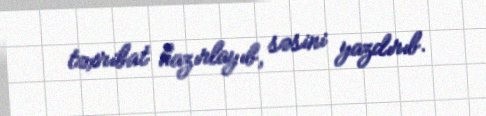
təxribat hazırlayıb, səsini yazdırıb.